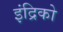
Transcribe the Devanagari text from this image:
इंद्रिको